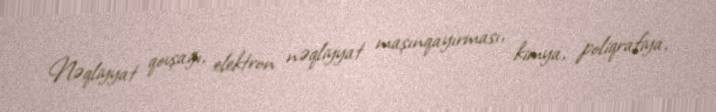
Nəqliyyat qovşağı, elektron nəqliyyat maşınqayırması, kimya, poliqrafiya,